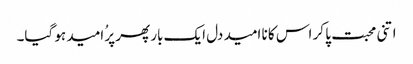
اتنی محبت پا کر اس کا نا امید دل ایک بار پھر پرُ امید ہو گیا۔